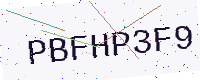
Text: PBFHP3F9